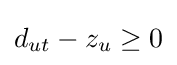
d_{ut}-z_{u}\geq 0